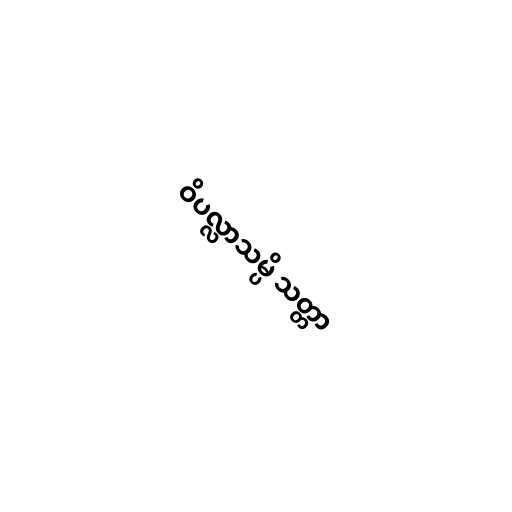
ဝိပလ္လာသမ္ပိ သတ္တာ